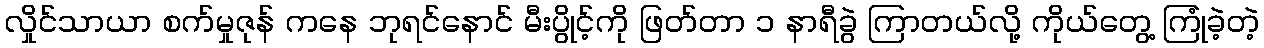
လှိုင်သာယာ စက်မှုဇုန် ကနေ ဘုရင်နောင် မီးပွိုင့်ကို ဖြတ်တာ ၁ နာရီခွဲ ကြာတယ်လို့ ကိုယ်တွေ့ ကြုံခဲ့တဲ့